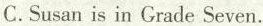
C.Susan is in Grade Seven.